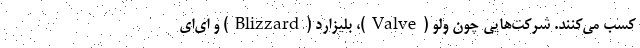
کسب می‌کنند. شرکت‌هایی چون ولو (Valve)، بلیزارد (Blizzard) و ‌ای‌اِی